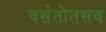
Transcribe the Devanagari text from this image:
वसंतोतसव